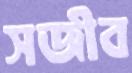
সজীব